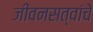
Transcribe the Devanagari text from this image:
जीवनसत्वांचे